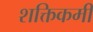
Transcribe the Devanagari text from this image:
शक्तिकमी